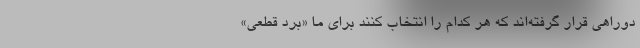
دوراهی قرار گرفته‌اند که هر کدام را انتخاب کنند برای ما «بُرد قطعی»